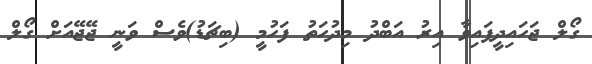
ގޯލް ޖަހައިދީފައިވާ އިރު އަބްދު މިދުހަތު ފަހުމީ (ބިޗަޑު)ވެސް ވަނީ ޖޭޖޭއަށް ގޯލް